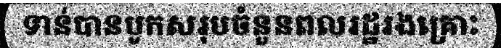
ទាន់បានបូកសរុបចំនួនពលរដ្ឋរងគ្រោះ